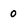
Character: o